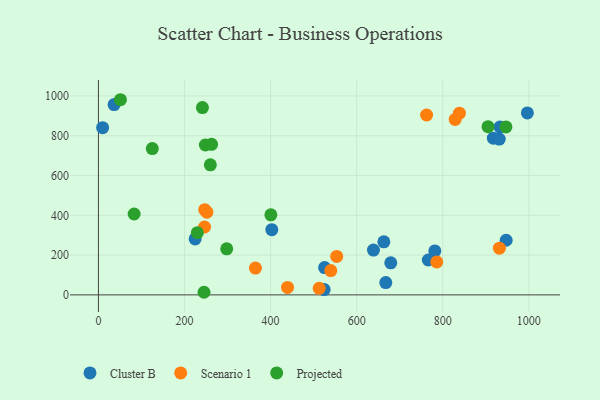
{"axis": {"x": "Study Hours", "y": "Rating"}, "legend": ["Cluster B", "Projected", "Scenario 1"], "data": [{"x": "917.5", "y": 787.6, "type": "Cluster B"}, {"x": "524.4", "y": 26.5, "type": "Cluster B"}, {"x": "932.9", "y": 843.5, "type": "Cluster B"}, {"x": "667.6", "y": 61.9, "type": "Cluster B"}, {"x": "931.2", "y": 783.0, "type": "Cluster B"}, {"x": "525.5", "y": 137.0, "type": "Cluster B"}, {"x": "36.4", "y": 956.5, "type": "Cluster B"}, {"x": "766.4", "y": 175.4, "type": "Cluster B"}, {"x": "663.1", "y": 266.5, "type": "Cluster B"}, {"x": "996.6", "y": 914.6, "type": "Cluster B"}, {"x": "947.3", "y": 274.5, "type": "Cluster B"}, {"x": "9.7", "y": 840.4, "type": "Cluster B"}, {"x": "402.8", "y": 327.5, "type": "Cluster B"}, {"x": "639.0", "y": 225.1, "type": "Cluster B"}, {"x": "781.6", "y": 220.8, "type": "Cluster B"}, {"x": "224.6", "y": 281.4, "type": "Cluster B"}, {"x": "679.2", "y": 161.1, "type": "Cluster B"}, {"x": "762.4", "y": 904.0, "type": "Scenario 1"}, {"x": "364.8", "y": 134.6, "type": "Scenario 1"}, {"x": "439.3", "y": 37.3, "type": "Scenario 1"}, {"x": "553.6", "y": 193.2, "type": "Scenario 1"}, {"x": "828.8", "y": 881.9, "type": "Scenario 1"}, {"x": "786.1", "y": 165.7, "type": "Scenario 1"}, {"x": "838.7", "y": 913.4, "type": "Scenario 1"}, {"x": "931.6", "y": 234.7, "type": "Scenario 1"}, {"x": "251.9", "y": 415.6, "type": "Scenario 1"}, {"x": "246.5", "y": 341.1, "type": "Scenario 1"}, {"x": "539.8", "y": 122.3, "type": "Scenario 1"}, {"x": "512.9", "y": 33.2, "type": "Scenario 1"}, {"x": "246.9", "y": 428.3, "type": "Scenario 1"}, {"x": "245.3", "y": 13.1, "type": "Projected"}, {"x": "82.9", "y": 406.6, "type": "Projected"}, {"x": "298.0", "y": 231.4, "type": "Projected"}, {"x": "400.6", "y": 402.5, "type": "Projected"}, {"x": "262.8", "y": 756.5, "type": "Projected"}, {"x": "905.2", "y": 845.3, "type": "Projected"}, {"x": "260.0", "y": 653.8, "type": "Projected"}, {"x": "248.4", "y": 753.3, "type": "Projected"}, {"x": "125.1", "y": 735.5, "type": "Projected"}, {"x": "946.8", "y": 844.3, "type": "Projected"}, {"x": "241.6", "y": 941.3, "type": "Projected"}, {"x": "51.1", "y": 980.9, "type": "Projected"}, {"x": "229.8", "y": 312.6, "type": "Projected"}]}